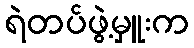
ရဲတပ်ဖွဲ့မှူးက